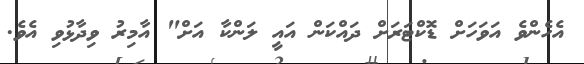
އެހެންވެ އަވަހަށް ޑޮކްޓަރަށް ދައްކަން އައީ ލަންކާ އަށް" އާމިރު ވިދާޅުވި އެވެ.